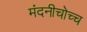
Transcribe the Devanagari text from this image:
मंदनीचोच्च